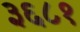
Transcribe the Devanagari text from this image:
३६८१